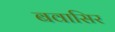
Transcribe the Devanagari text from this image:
बवासिर